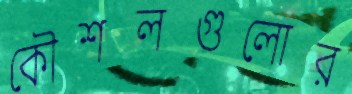
কৌশলগুলোর